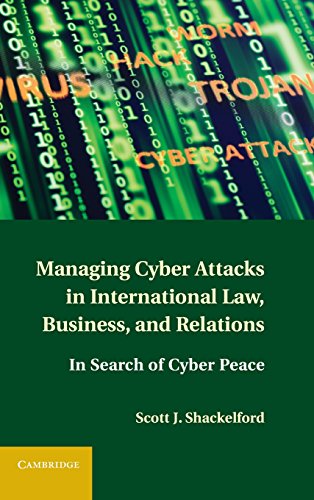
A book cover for Managing Cyber Attacks in International Law, Business, and Relations: In Search of Cyber Peace; Scott J. Shackelford; Law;